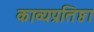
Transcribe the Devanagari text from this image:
काव्यप्रतिष्ठा